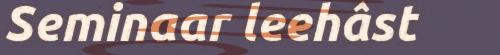
Seminaar leehâst